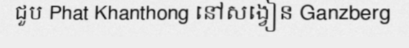
ជួប Phat Khanthong នៅសង្វៀន Ganzberg